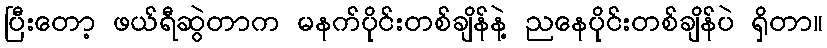
ပြီးတော့ ဖယ်ရီဆွဲတာက မနက်ပိုင်းတစ်ချိန်နဲ့ ညနေပိုင်းတစ်ချိန်ပဲ ရှိတာ။